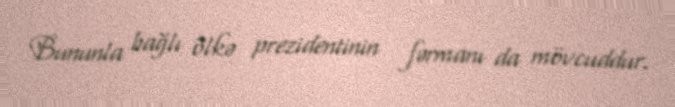
Bununla bağlı ölkə prezidentinin fərmanı da mövcuddur.